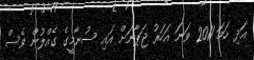
އަދި ހަމަ 2011 ވަނަ އަހަރު ޖަޕާނަށް އައި ސުނާމީގެ ގެއްލުން ވެސް